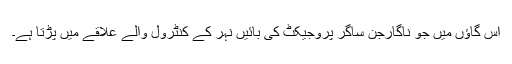
اس گاؤں میں جو ناگارجن ساگر پروجیکٹ کی بائیں نہر کے کنٹرول والے علاقے میں پڑتا ہے۔